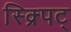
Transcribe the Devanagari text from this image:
स्क्र्पिट्